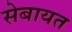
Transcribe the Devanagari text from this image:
सेबायत